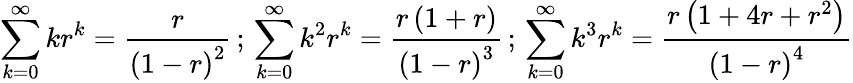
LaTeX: \sum_{k=0}^{\infty}kr^{k}={\frac{r}{\left(1-r\right)^{2}}}\, ;\, \sum_{k=0}^{\infty}k^{2}r^{k}={\frac{r\left(1+r\right)}{\left(1-r\right)^{3}}}\, ;\, \sum_{k=0}^{\infty}k^{3}r^{k}={\frac{r\left(1+4r+r^{2}\right)}{\left(1-r\right)^{4}}}